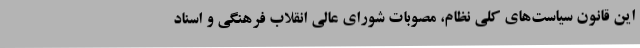
این قانون سیاست‌های کلی نظام، مصوبات شورای عالی انقلاب فرهنگی و اسناد